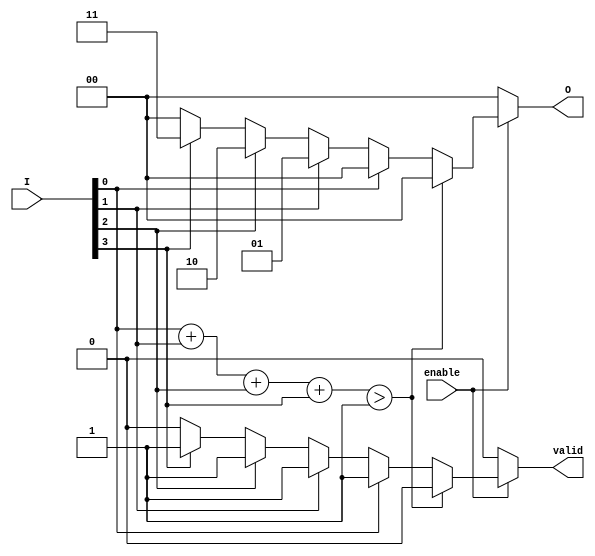
module one_of_n_encoder #(
    parameter N = 4 // Number of inputs
)(
    input wire [N-1:0] I, // Input lines
    input wire enable,     // Enable signal
    output reg [$clog2(N)-1:0] O, // Output lines
    output reg valid       // Output valid signal
);

    integer i;

    always @(*) begin
        if (!enable) begin
            O = 0;       // When not enabled, output is zero
            valid = 0;   // Output is invalid
        end else begin
            valid = 1;   // Output is valid
            O = 0;       // Default output
            // Check for the active input
            case (1'b1) // Check which input is high
                I[0]: O = 0;
                I[1]: O = 1;
                I[2]: O = 2;
                I[3]: O = 3;
                default: begin
                    O = 0; // Invalid state, default to zero
                    valid = 0; // Output is invalid
                end
            endcase
            // Check for invalid state (more than one input high)
            if (I[0] + I[1] + I[2] + I[3] > 1) begin
                O = 0; // Invalid state, default to zero
                valid = 0; // Output is invalid
            end
        end
    end

endmodule